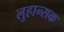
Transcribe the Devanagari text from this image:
लुहान्सक